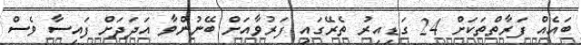
ބައެއް ފަރާތްތަކަށް 24 ގަޑިއިރު ތެރޭގައި ފަރުވާއަށް ބޭނުންވާ އަދަދަށް ފައިސާ ވެސް